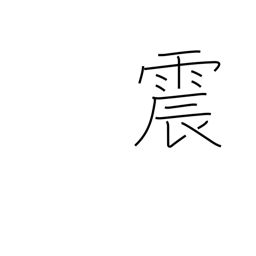
Meaning: quake